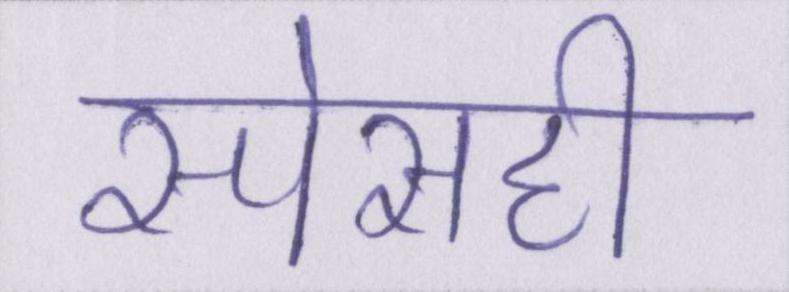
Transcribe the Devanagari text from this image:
स्पेसही